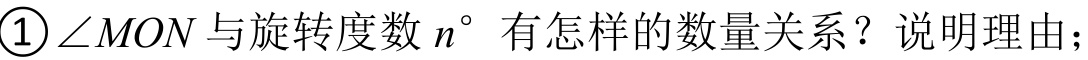
\textcircled{1}\(\angle MON\)与旋转度数\(n^{\circ}\)有怎样的数量关系？说明理由；